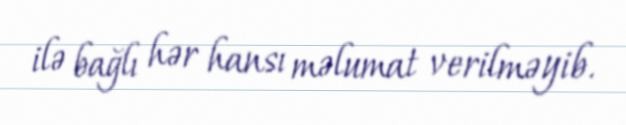
ilə bağlı hər hansı məlumat verilməyib.